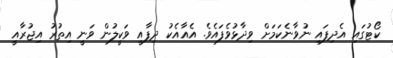
ކޯޓުގައި އެދިފައި ނުވާނެކަމަށް ވިދާޅުވެފައެވެ. އެއާއެކު ދިފާއީ ވަކީލުން ވަނީ އިތުރު އިޖުރާއީ